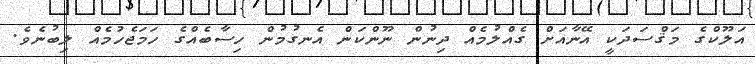
އަލޫކްގެ މަޤްސަދަކީ އޭނާއަށް ގެއްލުމެއް ދިނުން ނޫންކަން އެނގުމުން ހިސާބެއްގެ ހަމަޖެހުމެއް ލިބުނެވެ.